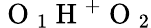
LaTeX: \mathrm{~O~}_{1}\mathrm{~H~}^{+}\mathrm{~O~}_{2}